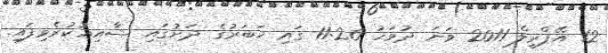
12 އޭޕްރީލް 2011 ވަނަ ދުވަހު 11:26 ގައި ޚަބަރުގެ ދަށުގައި ޝާއިޢުކުރެވިފައި.